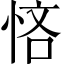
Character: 悋